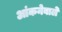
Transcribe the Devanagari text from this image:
आंकनेवाले